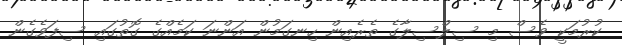
ކުރުމަކީ ވެސް މި ސިލްސިލާގެ ތެރެއިން ހިނގަމުން އަންނަ ކަމެއްގެ ގޮތުގައި ސިފަވެގެން